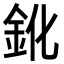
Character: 鈋